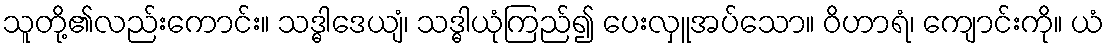
သူတို့၏လည်းကောင်း။ သဒ္ဓါဒေယျံ၊ သဒ္ဓါယုံကြည်၍ ပေးလှူအပ်သော။ ဝိဟာရံ၊ ကျောင်းကို။ ယံ